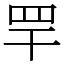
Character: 䍐